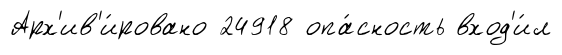
Арх'ив'и́ровано 24918 опа́сность вход'и́л